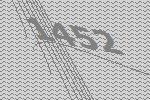
1452